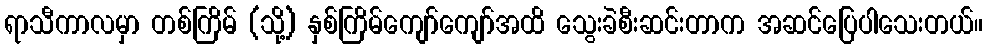
ရာသီကာလမှာ တစ်ကြိမ် (သို့) နှစ်ကြိမ်ကျော်ကျော်အထိ သွေးခဲစီးဆင်းတာက အဆင်ပြေပါသေးတယ်။